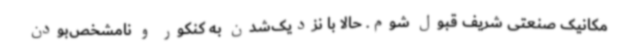
مکانیک صنعتی شریف قبول شوم. حالا با نزدیک‌شدن به کنکور و نامشخص‌بودن